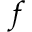
f